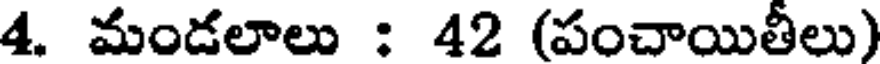
4. మండలాలు : 42 (పంచాయితీలు)